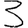
Digit: 3